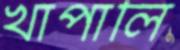
খাপালি